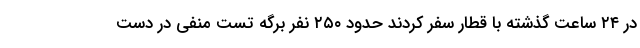
در ۲۴ ساعت گذشته با قطار سفر کردند حدود ۲۵۰ نفر برگه تست منفی در دست